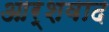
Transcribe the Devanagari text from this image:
आर्शवाद